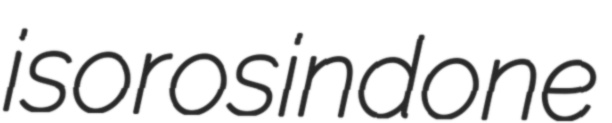
isorosindone